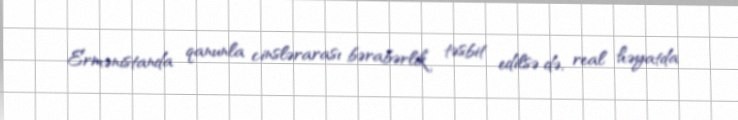
Ermənistanda qanunla cinslərarası bərabərlik təsbit edilsə də, real həyatda